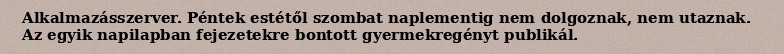
Alkalmazásszerver. Péntek estétől szombat naplementig nem dolgoznak, nem utaznak. Az egyik napilapban fejezetekre bontott gyermekregényt publikál.